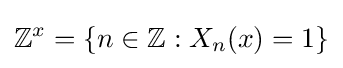
\mathbb {Z} ^{x}=\{n\in \mathbb {Z} :X_{n}(x)=1\}